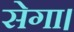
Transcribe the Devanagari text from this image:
सेगा।